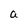
Character: a